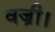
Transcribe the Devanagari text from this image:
वज्री।